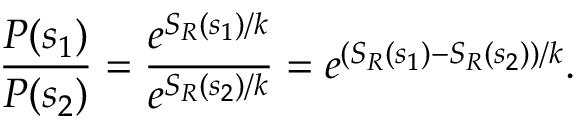
{ \frac { P ( s _ { 1 } ) } { P ( s _ { 2 } ) } } = { \frac { e ^ { S _ { R } ( s _ { 1 } ) / k } } { e ^ { S _ { R } ( s _ { 2 } ) / k } } } = e ^ { ( S _ { R } ( s _ { 1 } ) - S _ { R } ( s _ { 2 } ) ) / k } .